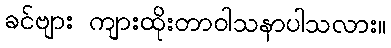
ခင်ဗျား ကျားထိုးတာဝါသနာပါသလား။